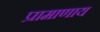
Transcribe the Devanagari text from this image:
प्रामाणाय